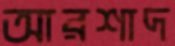
আরশাদ